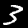
Digit: 3